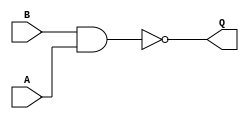
module f_nand (B, A, Q);
  // Input variable B, A
  input B, A;
  // Output variable Q
  output Q;
  assign Q = ~(B & A);
endmodule